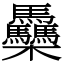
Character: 䯂